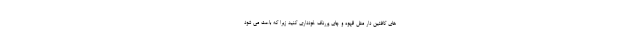
های کافئین دار مثل قهوه و چای پررنگ خودداری کنید زیرا که باعث می شود